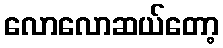
လောလောဆယ်တော့